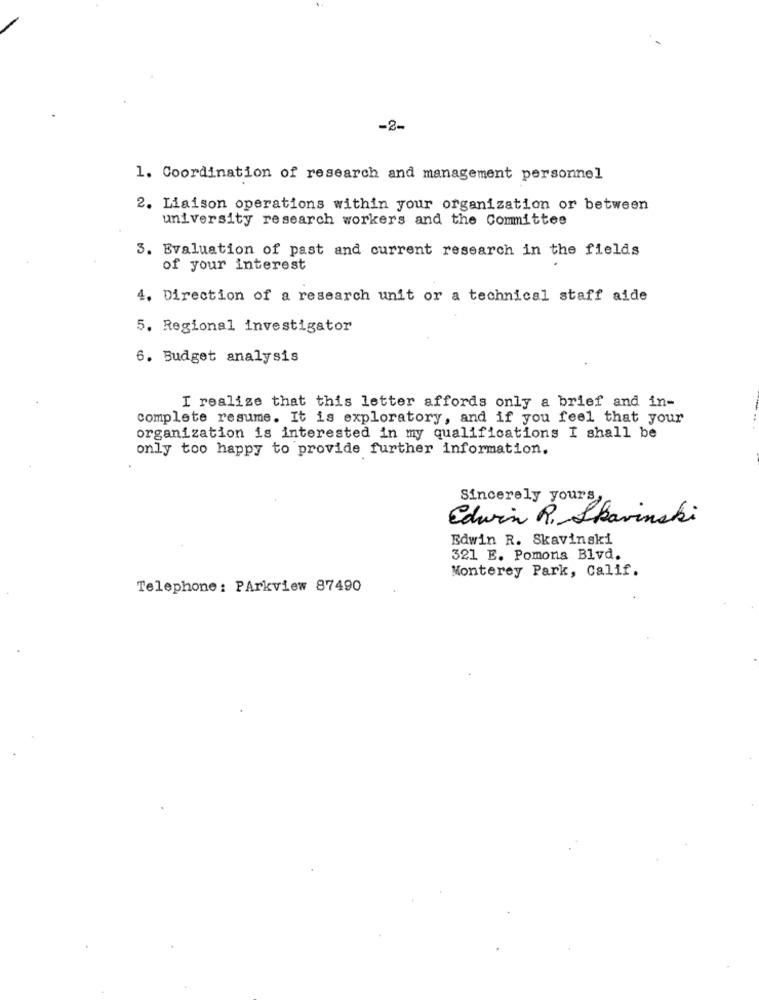
-2-
1. Coordination of research and management personnel
2. Liaison operations within your organization or between
university research workers and the Committee
3. Evaluation of past and current research in the fields
of your interest
4. Direction of a research unit or a technical staff aide
5. Regional investigator
6. Budget analysis
I realize that this letter affords only a brief and in-
complete resume. It is exploratory, and if you feel that your
organization is interested in my qualifications I shall be
only too happy to provide further information.
Sincerely yours,
Edwin R. Skavinski
Edwin R. Skavinski
321 E. Pomona Blvd.
Monterey Park, Calif.
Telephone: PArkview 87490